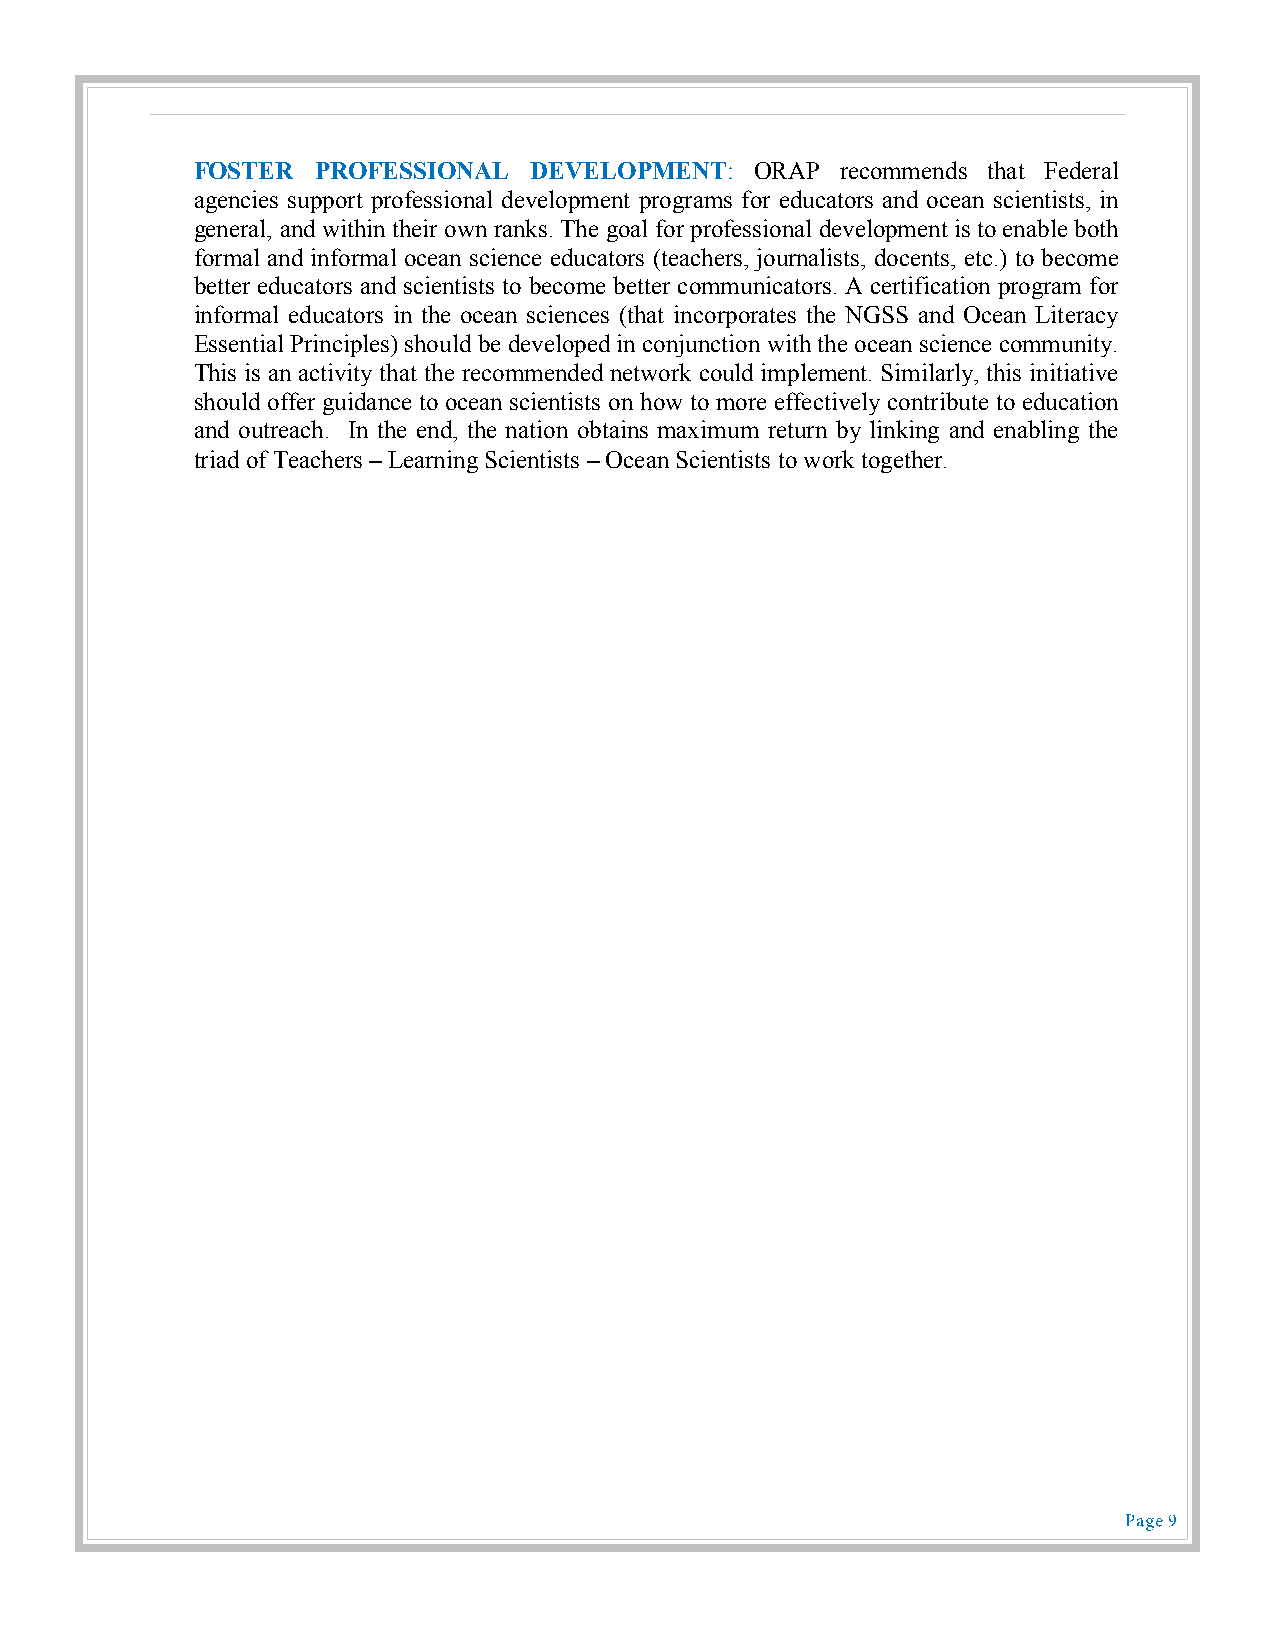
FOSTER  PROFESSIONAL  DEVELOPMENT:   ORAP  recommends that Federal
 agencies support professional development programs for educators and ocean scientists, in
 general, and within their own ranks. The goal for professional development is to enable both
 formal and informal ocean science educators (teachers, journalists, docents, etc.) to become
 better educators and scientists to become better communicators. A certification program for
 informal educators in the ocean sciences (that incorporates the NGSS and Ocean Literacy
 Essential Principles) should be developed in conjunction with the ocean science community.
 This is an activity that the recommended network could implement. Similarly, this initiative
 should offer guidance to ocean scientists on how to more effectively contribute to education
 and outreach. In the end, the nation obtains maximum return by linking and enabling the
 triad of Teachers – Learning Scientists – Ocean Scientists to work together.